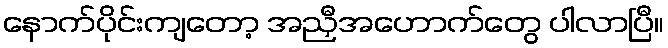
နောက်ပိုင်းကျတော့ အညှီအဟောက်တွေ ပါလာပြီ။